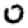
Digit: 0